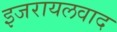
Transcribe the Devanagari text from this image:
इजरायलवाद